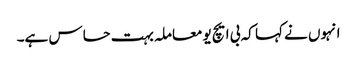
انہوں نے کہا کہ بی ایچ یو معاملہ بہت حساس ہے۔